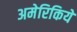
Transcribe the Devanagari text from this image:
अमेरिकियें